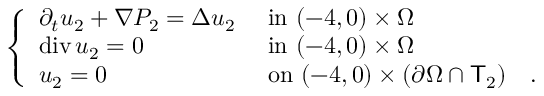
\begin{array} { r } { \left\{ \begin{array} { l l } { \partial _ { t } u _ { 2 } + \nabla P _ { 2 } = \Delta u _ { 2 } } & { \mathrm { ~ i n ~ } ( - 4 , 0 ) \times \Omega } \\ { \operatorname { d i v } u _ { 2 } = 0 } & { \mathrm { ~ i n ~ } ( - 4 , 0 ) \times \Omega } \\ { u _ { 2 } = 0 } & { \mathrm { ~ o n ~ } ( - 4 , 0 ) \times ( \partial \Omega \cap \mathsf T _ { 2 } ) \quad . } \end{array} \right. } \end{array}